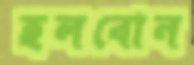
হলবোন